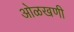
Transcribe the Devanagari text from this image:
ओळखणी